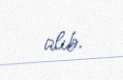
alıb.